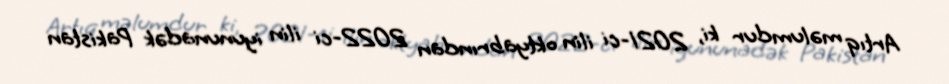
Artıq məlumdur ki, 2021-ci ilin oktyabrından 2022-ci ilin iyununadək Pakistan